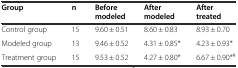
<table><thead><tr><td><b>Group</b></td><td><b>n</b></td><td><b>Before modeled</b></td><td><b>After modeled</b></td><td><b>After treated</b></td></tr></thead><tbody><tr><td>Control group</td><td>15</td><td>9.60 ± 0.51</td><td>8.60 ± 0.83</td><td>8.93 ± 0.70</td></tr><tr><td>Modeled group</td><td>13</td><td>9.46 ± 0.52</td><td>4.31 ± 0.85*</td><td>4.23 ± 0.93*</td></tr><tr><td>Treatment group</td><td>15</td><td>9.53 ± 0.52</td><td>4.27 ± 0.80*</td><td>6.67 ± 0.90*<sup>#</sup></td></tr></tbody></table>